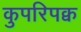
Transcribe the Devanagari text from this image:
कुपरिपक्व